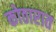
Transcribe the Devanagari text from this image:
कोठारात